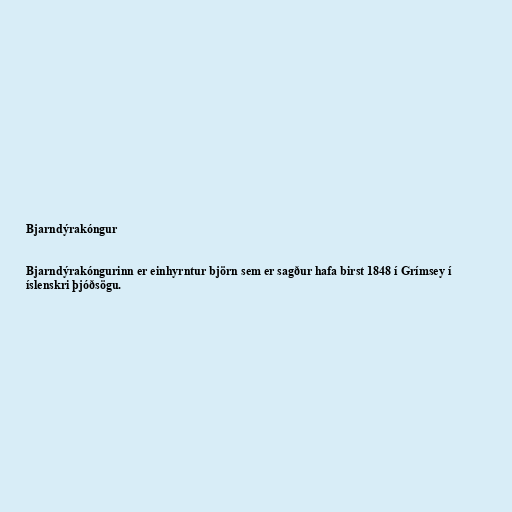
Bjarndýrakóngur

Bjarndýrakóngurinn er einhyrntur björn sem er sagður hafa birst 1848 í Grímsey í
íslenskri þjóðsögu.